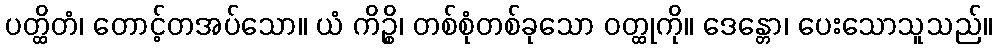
ပတ္ထိတံ၊ တောင့်တအပ်သော။ ယံ ကိဉ္စိ၊ တစ်စုံတစ်ခုသော ဝတ္ထုကို။ ဒေန္တော၊ ပေးသောသူသည်။